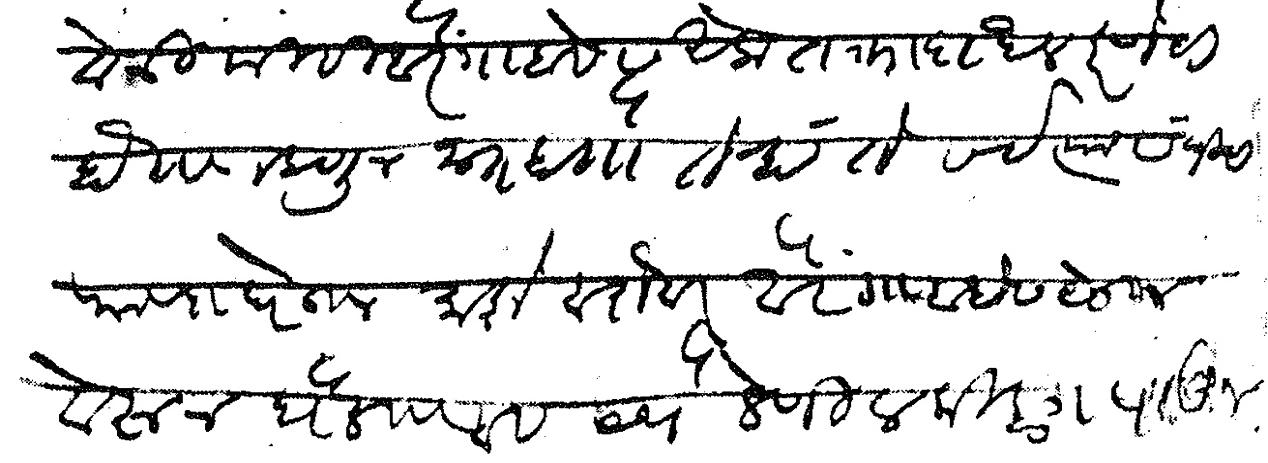
Transliteration (Devanagari): वेळी मी ही औरंगाबादेस एक तक्ता दाखल करणेचा होता म्हणून जात होतो तेव्हा ते सर्व त्यासंधीचा फायदा घेऊन माझे बरोबर औरंगाबादेस येऊन वेरूल दौलताबाद येथे लेणी व किल्ला पाहून